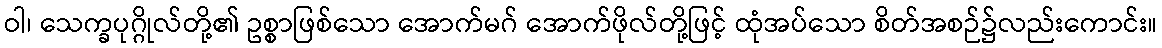
ဝါ၊ သေက္ခပုဂ္ဂိုလ်တို့၏ ဥစ္စာဖြစ်သော အောက်မဂ် အောက်ဖိုလ်တို့ဖြင့် ထုံအပ်သော စိတ်အစဉ်၌လည်းကောင်း။